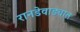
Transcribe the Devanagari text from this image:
रानडेवाड्यात